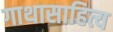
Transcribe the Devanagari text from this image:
गाथासाहित्य